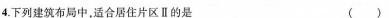
4.下列建筑布局中，适合居住片区Ⅱ的是 ( )